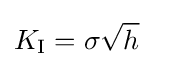
{\begin{aligned}K_{\rm {I}}&=\sigma {\sqrt {h}}\end{aligned}}